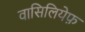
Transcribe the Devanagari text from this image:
वासिलियेफ़